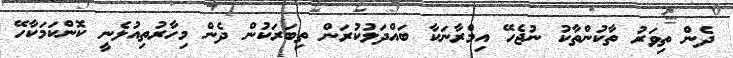
ދެން ތިވަރު ތާކުންތާކު ނުޖެހޭ އިމްރާނަކާ ބައްދަލުކުރަން ތިބަރަކުން ދެން މިހާރުތިއުލެނީ ކޮންކަމަކާހޭ